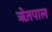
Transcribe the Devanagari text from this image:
ॠेतपाल